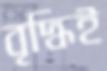
বৃদ্ধিই